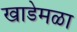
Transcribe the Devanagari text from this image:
खाडेमळा